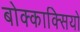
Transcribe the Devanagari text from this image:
बोक्काक्सियो